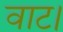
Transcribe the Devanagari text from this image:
वाट।